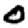
Digit: 0